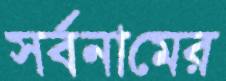
সর্বনামের